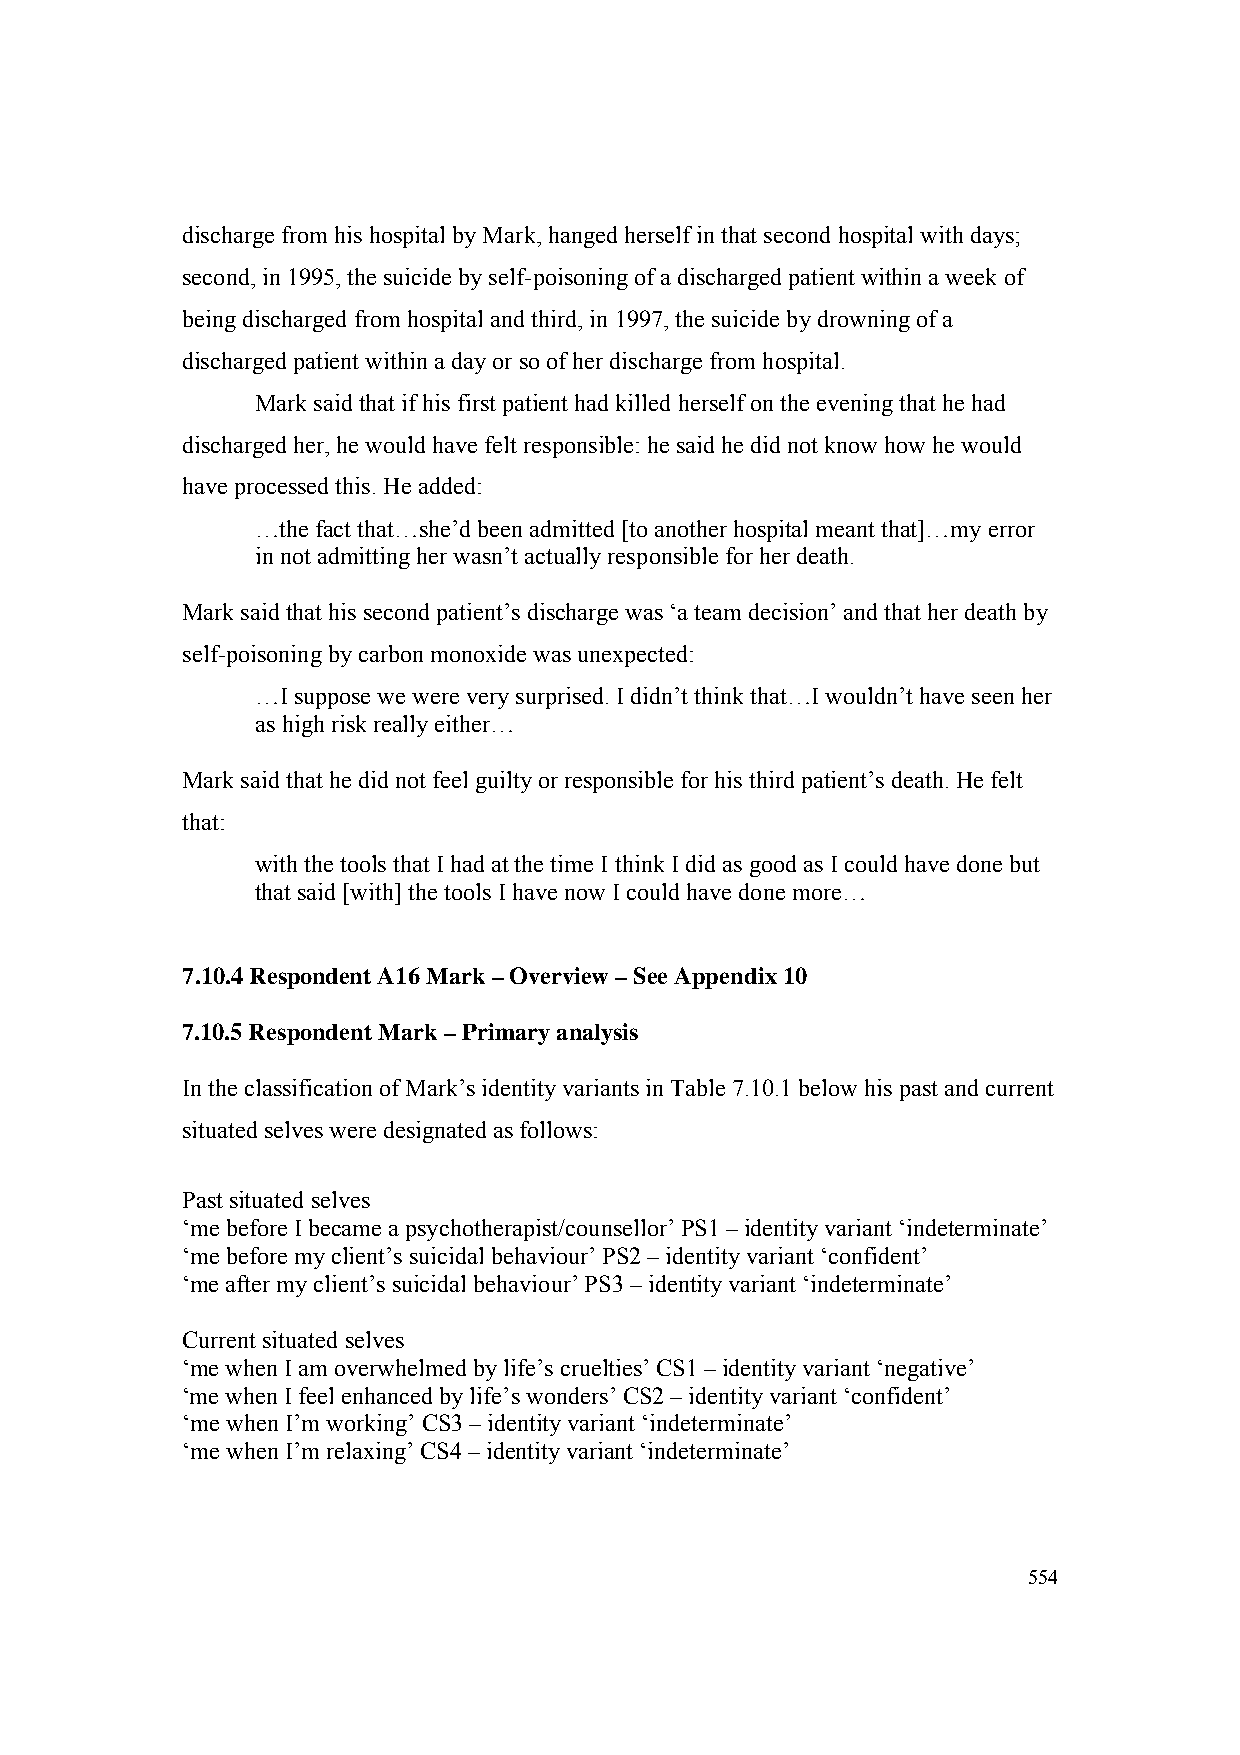
discharge from his hospital by Mark, hanged herself in that second hospital with days;
 second, in 1995, the suicide by self-poisoning of a discharged patient within a week of
 being discharged from hospital and third, in 1997, the suicide by drowning of a
 discharged patient within a day or so of her discharge from hospital.
 Mark said that if his first patient had killed herself on the evening that he had
 discharged her, he would have felt responsible: he said he did not know how he would
 have processed this. He added:
 …the fact that…she’d been admitted [to another hospital meant that]…my error
 in not admitting her wasn’t actually responsible for her death.
 Mark said that his second patient’s discharge was ‘a team decision’ and that her death by
 self-poisoning by carbon monoxide was unexpected:
 …I suppose we were very surprised. I didn’t think that…I wouldn’t have seen her
 as high risk really either…
 Mark said that he did not feel guilty or responsible for his third patient’s death. He felt
 that:
 with the tools that I had at the time I think I did as good as I could have done but
 that said [with] the tools I have now I could have done more…
 7.10.4 Respondent A16 Mark – Overview – See Appendix 10
 7.10.5 Respondent Mark – Primary analysis
 In the classification of Mark’s identity variants in Table 7.10.1 below his past and current
 situated selves were designated as follows:
 Past situated selves
 ‘me before I became a psychotherapist/counsellor’ PS1 – identity variant ‘indeterminate’
 ‘me before my client’s suicidal behaviour’ PS2 – identity variant ‘confident’
 ‘me after my client’s suicidal behaviour’ PS3 – identity variant ‘indeterminate’
 Current situated selves
 ‘me when I am overwhelmed by life’s cruelties’ CS1 – identity variant ‘negative’
 ‘me when I feel enhanced by life’s wonders’ CS2 – identity variant ‘confident’
 ‘me when I’m working’ CS3 – identity variant ‘indeterminate’
 ‘me when I’m relaxing’ CS4 – identity variant ‘indeterminate’
 554